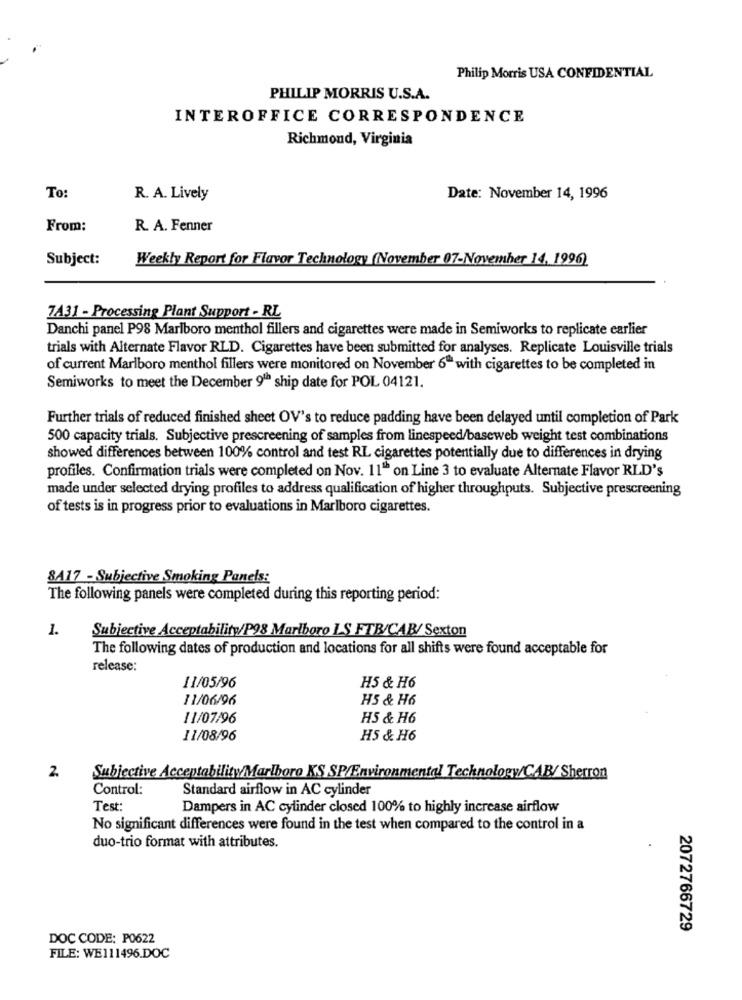
Philip Morris USA CONFIDENTIAL
PHILIP MORRIS U.S.A.
INTEROFFICE CORRESPONDENCE
Richmond, Virginia
To
R. A. Lively
Date: November 14, 1996
From:
R. A. Fenner
Subject:
Weekly Report for Flavor Technology (November 07-November 14, 1996)
7431 - Processing Plant Support - RL
Danchi panel P98 Marlboro menthol fillers and cigarettes were made in Semiworks to replicate earlier
trials with Alternate Flavor RLD. Cigarettes have been submitted for analyses. Replicate Louisville trials
of current Marlboro menthol fillers were monitored on November 6" with cigarettes to be completed in
Semiworks to meet the December 9th ship date for POL 04121.
Further trials of reduced finished sheet OV's to reduce padding have been delayed until completion of Park
500 capacity trials. Subjective prescreening of samples from linespeed/baseweb weight test combinations
showed differences between 100% control and test RL cigarettes potentially due to differences in drying
profiles. Confirmation trials were completed on Nov. 11" on Line 3 to evaluate Alternate Flavor RLD's
made under selected drying profiles to address qualification of higher throughputs. Subjective prescreening
of tests is in progress prior to evaluations in Marlboro cigarettes.
8A17 - Subjective Smoking Panels:
The following panels were completed during this reporting period:
1.
Subjective Acceptability/P98 Marlboro IS FTB/CAB/ Sexton
The following dates of production and locations for all shifts were found acceptable for
release:
11/05/96
H5 & H6
11/06/96
H5 & H6
11/07/96
H5 & H6
11/08/96
H5 & H6
2.
Subjective AcceptabilityMarlboro KS SP/Environmental Technology/CAB/ Sherron
Control:
Standard airflow in AC cylinder
Test:
Dampers in AC cylinder closed 100% to highly increase airflow
No significant differences were found in the test when compared to the control in a
duo-trio format with attributes.
2072766729
DOC CODE: P0622
FILE: WE111496.DOC